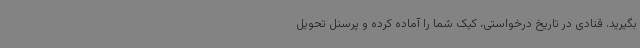
بگیرید. قنادی در تاریخ درخواستی، کیک شما را آماده کرده و پرسنل تحویل